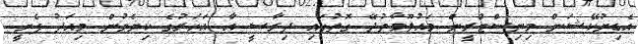
އެޑިޔުކޭޝަން މިނިސްޓްރީން މައުލޫމާތުދޭ ގޮތުގައި ދިރާސީ އާ އަހަރުގެ ކިޔެވުން މިއަދު ފެށީ